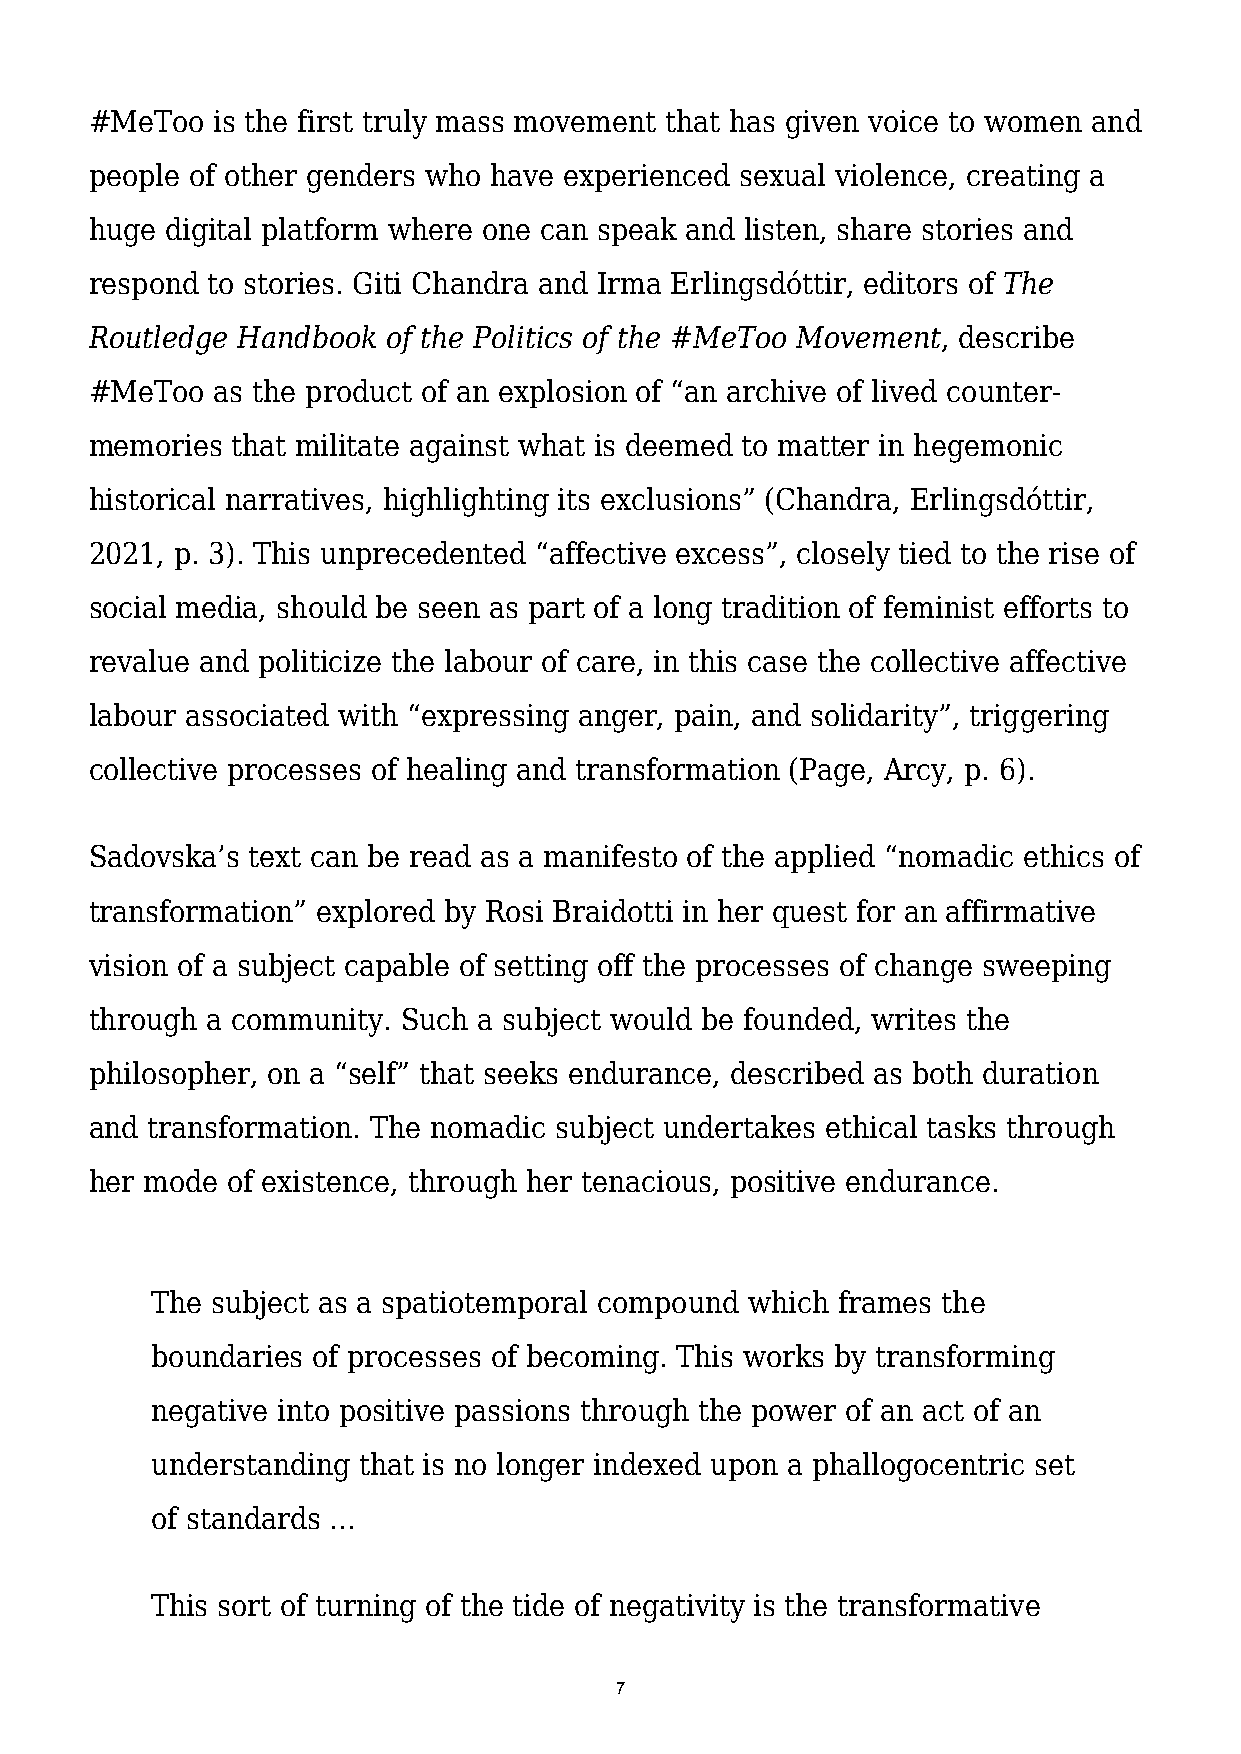
#MeToo  is the first truly mass movement that has given voice to women and
 people of other genders who have experienced sexual violence, creating a
 huge digital platform where one can speak and listen, share stories and
 respond to stories. Giti Chandra and Irma Erlingsdóttir, editors of The
 Routledge Handbook  of the Politics of the #MeToo Movement, describe
 #MeToo  as the product of an explosion of “an archive of lived counter-
 memories that militate against what is deemed to matter in hegemonic
 historical narratives, highlighting its exclusions” (Chandra, Erlingsdóttir,
 2021, p. 3). This unprecedented “affective excess”, closely tied to the rise of
 social media, should be seen as part of a long tradition of feminist efforts to
 revalue and politicize the labour of care, in this case the collective affective
 labour associated with “expressing anger, pain, and solidarity”, triggering
 collective processes of healing and transformation (Page, Arcy, p. 6).
 Sadovska’s text can be read as a manifesto of the applied “nomadic ethics of
 transformation” explored by Rosi Braidotti in her quest for an affirmative
 vision of a subject capable of setting off the processes of change sweeping
 through a community. Such a subject would be founded, writes the
 philosopher, on a “self” that seeks endurance, described as both duration
 and transformation. The nomadic subject undertakes ethical tasks through
 her mode of existence, through her tenacious, positive endurance.
 The subject as a spatiotemporal compound which frames the
 boundaries of processes of becoming. This works by transforming
 negative into positive passions through the power of an act of an
 understanding that is no longer indexed upon a phallogocentric set
 of standards ...
 This sort of turning of the tide of negativity is the transformative
 7